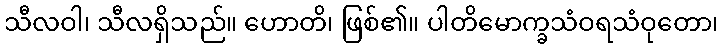
သီလဝါ၊ သီလရှိသည်။ ဟောတိ၊ ဖြစ်၏။ ပါတိမောက္ခသံဝရသံဝုတော၊